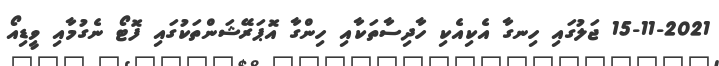
15-11-2021 ޖަލުގައި ހިނގާ އެކިއެކި ހާދިސާތަކާއި ހިންގާ އޮޕަރޭޝަންތަކުގައި ފޮޓޯ ނެގުމާއި ވީޑިއޯ